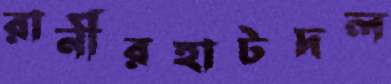
রানীরহাটদল